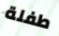
طفلة